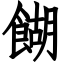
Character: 餬